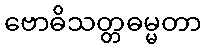
ဗောဓိသတ္တဓမ္မတာ